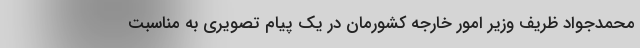
محمدجواد ظریف وزیر امور خارجه کشورمان در یک پیام تصویری به مناسبت